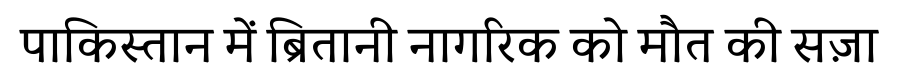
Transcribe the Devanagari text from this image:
पाकिस्तान में ब्रितानी नागरिक को मौत की सज़ा